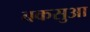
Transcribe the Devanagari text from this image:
बकसुआ